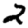
Digit: 2